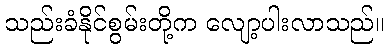
သည်းခံနိုင်စွမ်းတို့က လျော့ပါးလာသည်။